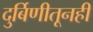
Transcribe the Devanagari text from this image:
दुर्बिणीतूनही